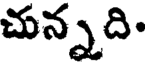
చున్నది